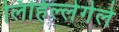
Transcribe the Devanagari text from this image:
लिहिल्लेगेले